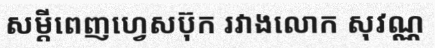
សម្តីពេញហ្វេសប៊ុក រវាងលោក សុវណ្ណ